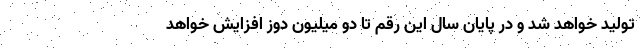
تولید خواهد شد و در پایان سال این رقم تا دو میلیون دوز افزایش خواهد